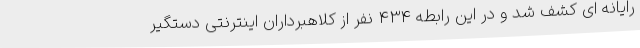
رایانه ای کشف شد و در این رابطه 434 نفر از کلاهبرداران اینترنتی دستگیر